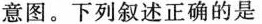
意图。下列叙述正确的是